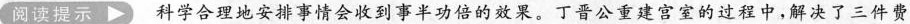
阅读提示 科学合理地安排事情会收到事半功倍的效果。丁晋公重建宫室的过程中，解决了三件费